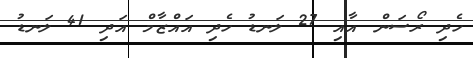
ހެދި ރޯސަން އާއި 27 ލަނޑު ހެދި އައްޒާމް އަދި 41 ލަނޑު